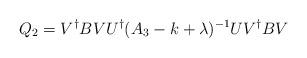
LaTeX: \begin{align*}Q_2 = V^{\dagger } B V U^{\dagger } (A_3 -k+\lambda )^{-1} UV^{\dagger } B V\end{align*}